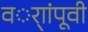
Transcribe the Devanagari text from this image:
वर्ाांपूवी